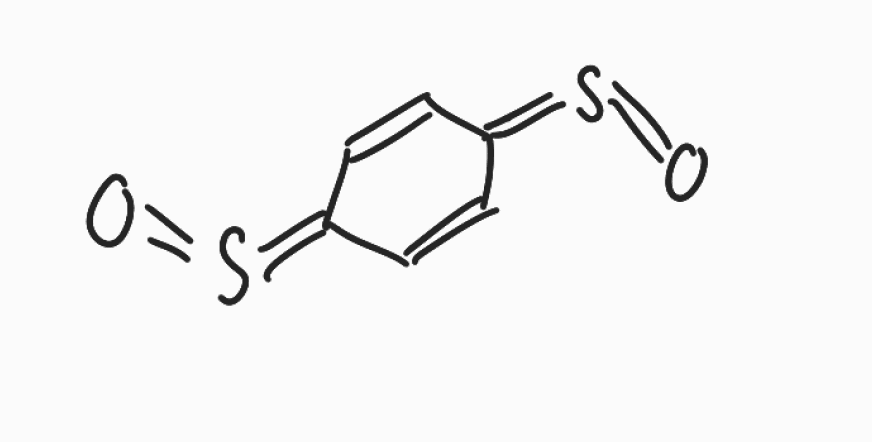
Simplified molecular-input line-entry system (SMILES) notation of the given molecule:
C1=CC(=S=O)C=CC1=S=O